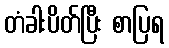
တံခါးပိတ်ပြီး စာပြရ